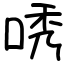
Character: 唀